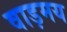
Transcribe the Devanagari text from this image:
वाड़मय